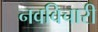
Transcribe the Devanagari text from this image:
नवविचारी